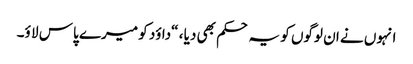
انہوں نے ان لوگوں کو یہ حکم بھی دیا ، “داؤد کو میرے پاس لا ؤ۔